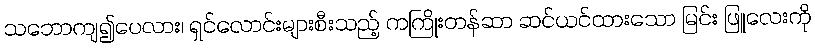
သဘောကျ၍ပေလား၊ ရှင်လောင်းများစီးသည့် ကကြိုးတန်ဆာ ဆင်ယင်ထားသော မြင်း ဖြူလေးကို